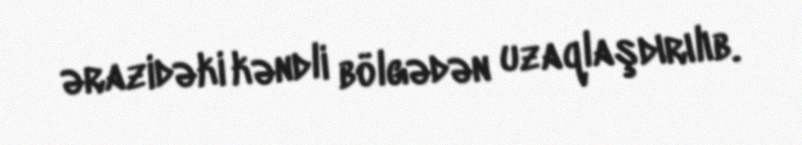
ərazidəki kəndli bölgədən uzaqlaşdırılıb.